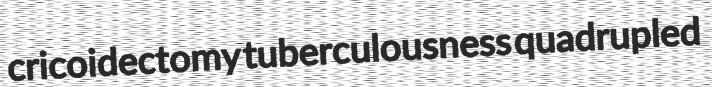
cricoidectomy tuberculousness quadrupled